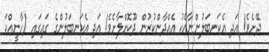
ދޭށެވެ! އަދި އެކަނބަލުންނާއެކު އެއްދާންކުރުން ދޫކޮށްލާށެވެ! އަދި އެކަނބަލުންގެ ގައިގައި (ހާނީއްކަ